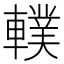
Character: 轐